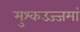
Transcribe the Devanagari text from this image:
मुश्कउज्जमां